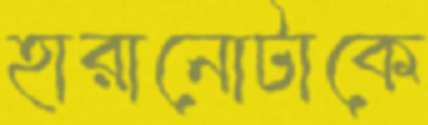
হারানোটাকে